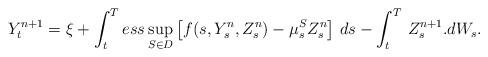
LaTeX: \begin{align*}Y^{n+1}_t=\xi+\int_t^T ess\sup_{S\in D}\left[f(s,Y^{n}_s,Z^{n}_s)-\mu^S_s Z^{n}_s\right]\,ds-\int_t^T\,Z^{n+1}_s.dW_s.\end{align*}